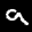
Label: 9